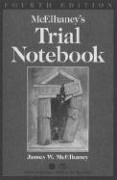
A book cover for McElhaney's Trial Notebook; James W. McElhaney; Law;